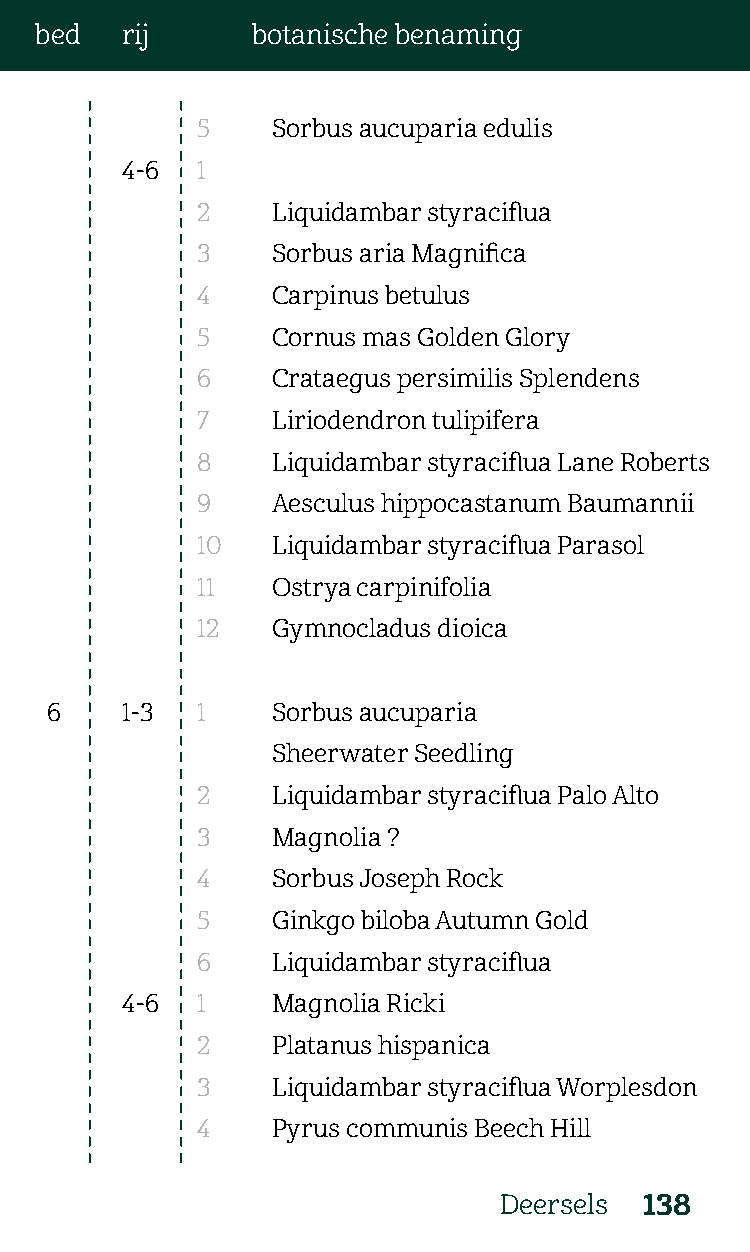
bed   rij      botanische benaming
 5    Sorbus aucuparia edulis
 4-6  1
 2    Liquidambar styraciflua
 3    Sorbus aria Magnifica
 4    Carpinus betulus
 5    Cornus mas Golden Glory
 6    Crataegus persimilis Splendens
 7    Liriodendron tulipifera
 8    Liquidambar styraciflua Lane Roberts
 9    Aesculus hippocastanum Baumannii
 10   Liquidambar styraciflua Parasol
 11   Ostrya carpinifolia
 12   Gymnocladus dioica
 6    1-3  1    Sorbus aucuparia
 Sheerwater Seedling
 2    Liquidambar styraciflua Palo Alto
 3    Magnolia ?
 4    Sorbus Joseph Rock
 5    Ginkgo biloba Autumn Gold
 6    Liquidambar styraciflua
 4-6  1    Magnolia Ricki
 2    Platanus hispanica
 3    Liquidambar styraciflua Worplesdon
 4    Pyrus communis Beech Hill
 Deersels  138